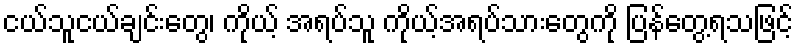
ငယ်သူငယ်ချင်းတွေ၊ ကိုယ့် အရပ်သူ ကိုယ့်အရပ်သားတွေကို ပြန်တွေ့ရသဖြင့်